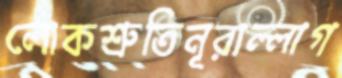
লোকশ্রুতিনূরাল্লাগ